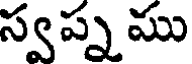
స్వప్న ము